Indian journal of veterinary science and animal husbandry - Volumes 15-17, 1948-1951
Year: 1948
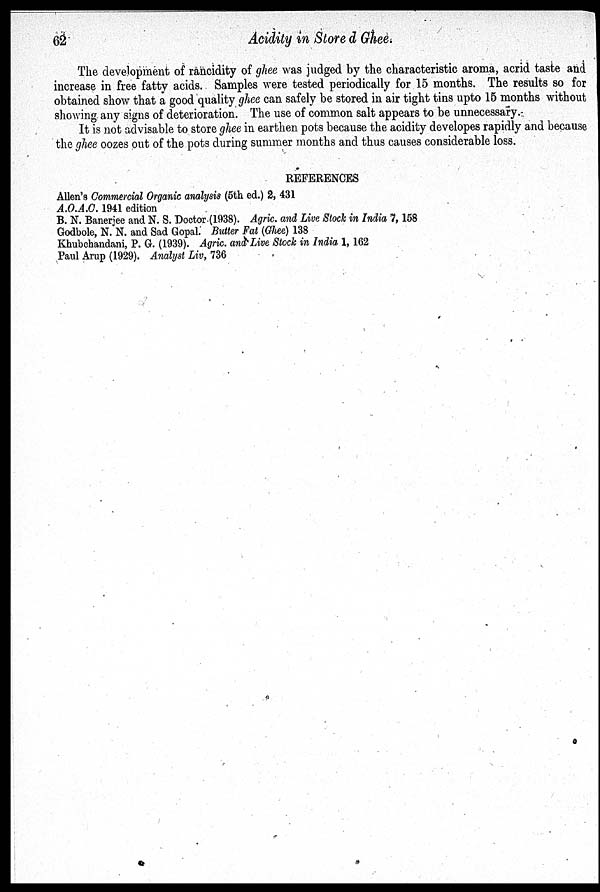
62
Acidity in Store d Ghee.
The development of rancidity of ghee was judged by the characteristic aroma, acrid taste and
increase in free fatty acids. Samples were tested periodically for 15 months. The results so for
obtained show that a good quality ghee can safely be stored in air tight tins upto 15 months without
showing any signs of deterioration. The use of common salt appears to be unnecessary.
It is not advisable to store ghee in earthen pots because the acidity developes rapidly and because
the ghee oozes out of the pots during summer months and thus causes considerable loss.
REFERENCES
Allen's Commercial Organic analysis (5th ed.) 2, 431
A.O.A.C. 1941 edition
B. N. Banerjee and N. S. Doctor (1938). Agric. and Live Stock in India 7, 158
Godbole, N. N. and Sad Gopal. Butter Fat (Ghee) 138
Khubchandani, P. G. (1939). Agric. and Live Stock in India. 1, 162
Paul Arup (1929). Analyst Liv, 736